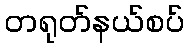
တရုတ်နယ်စပ်